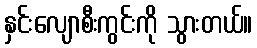
နှင်းလျောစီးကွင်းကို သွားတယ်။